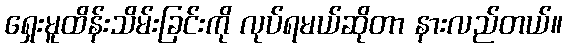
ရှေးမူထိန်းသိမ်းခြင်းကို လုပ်ရမယ်ဆိုတာ နားလည်တယ်။